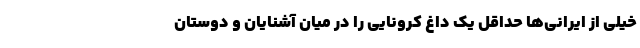
خیلی از ایرانی‌ها حداقل یک داغ کرونایی را در میان آشنایان و دوستان